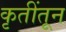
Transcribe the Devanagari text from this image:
कृतींतून